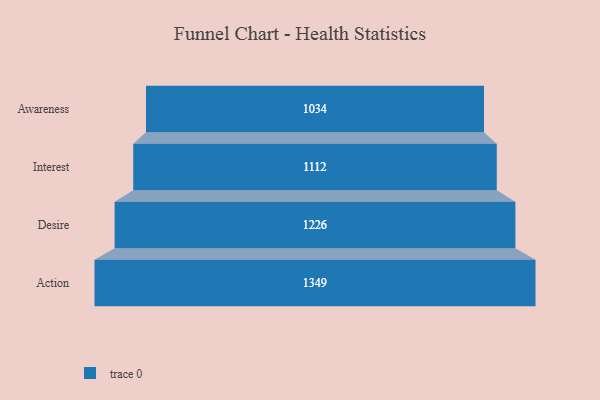
{"axis": {"x": "Stage", "y": "Value"}, "legend": [""], "data": [{"x": "Awareness", "y": 1034.0, "type": ""}, {"x": "Interest", "y": 1112.0, "type": ""}, {"x": "Desire", "y": 1226.0, "type": ""}, {"x": "Action", "y": 1349.0, "type": ""}]}